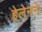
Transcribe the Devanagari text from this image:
हेलेनने